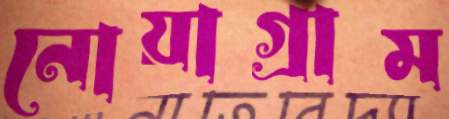
নোয়াগ্রাম